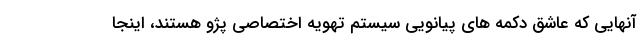
آنهایی که عاشق دکمه های پیانویی سیستم تهویه اختصاصی پژو هستند، اینجا